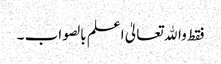
فقط واﷲ تعالیٰ اعلم بالصواب ۔